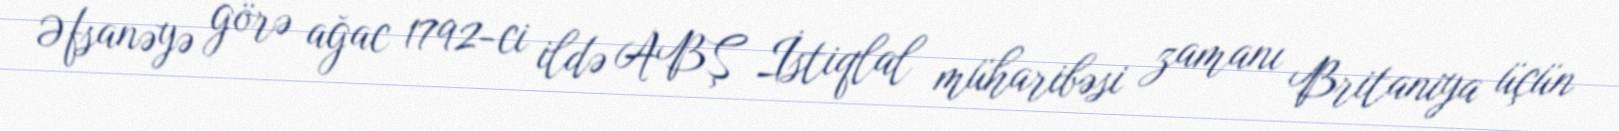
Əfsanəyə görə ağac 1792-ci ildə ABŞ İstiqlal müharibəsi zamanı Britaniya üçün